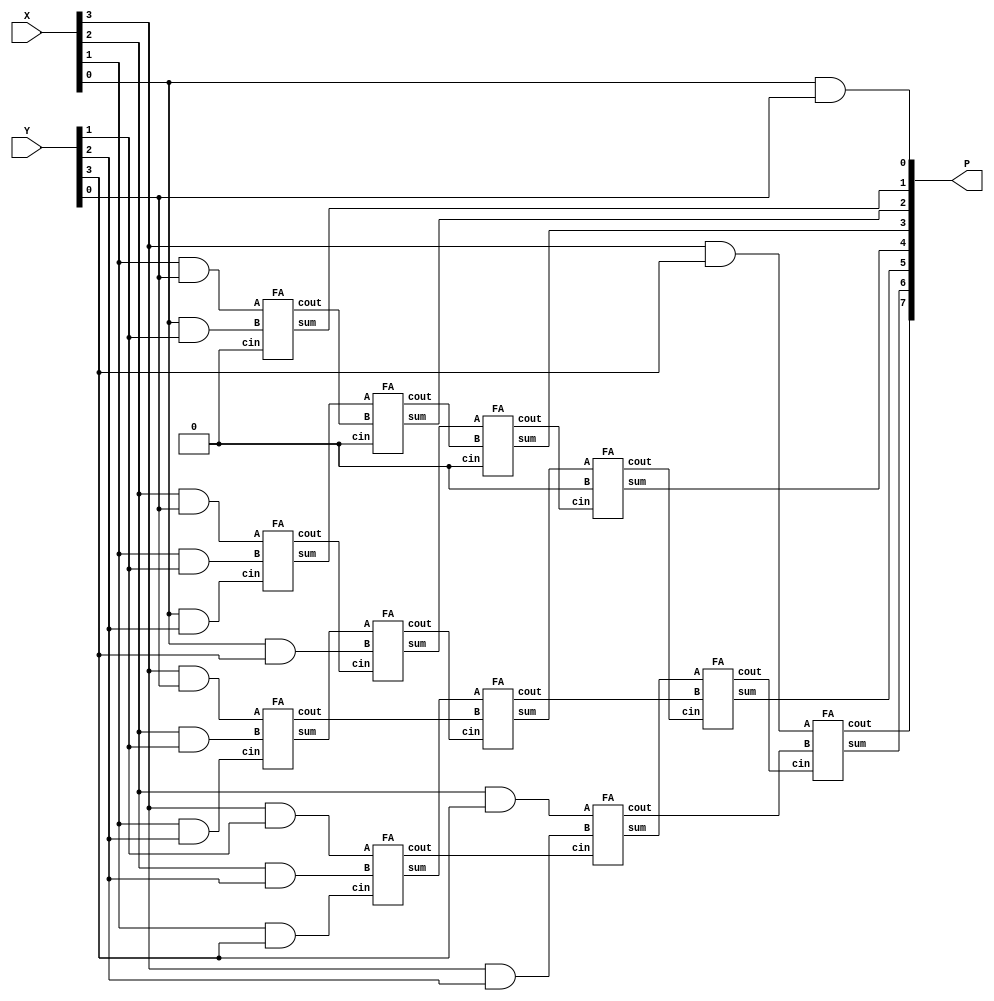
// multiplier 4x4 using full adders
// Josh Roney (jpr87)
module Mult_4x4(
	input [3:0] X,
	input [3:0] Y,
	output [7:0] P
);

	wire c1,c2,c3,c4,c5,c6,c7,c8,c9,c10,c11;
	wire d1,d2,d3,d4,d5,d6,d7;
	wire e1,e2,e3;
	wire f1,f2,f3,f4,f5,f6,f7;
	wire g1,g2,g3,g4;

	and(c1,X[3],Y[1]),
 	   (c2,X[2],Y[2]),
	   (c3,X[1],Y[3]),
	   (c4,X[3],Y[0]),
	   (c5,X[2],Y[1]),
	   (c6,X[1],Y[2]),
	   (c7,X[2],Y[0]),
	   (c8,X[1],Y[1]),
	   (c9,X[0],Y[2]),
	   (c10,X[1],Y[0]),
	   (c11,X[0],Y[1]),
	   (P[0],X[0],Y[0]);

	FA fa1(c1,c2,c3,d2,d1);
	FA fa2(c4,c5,c6,d4,d3);
	FA fa3(c7,c8,c9,d6,d5);
	FA fa4(c10,c11,1'b0,P[1],d7);

	and(e1,X[2],Y[3]),
	   (e2,X[3],Y[2]),
	   (e3,X[0],Y[3]);

	FA fa5(e1,e2,d1,f2,f1);
	FA fa6(d2,d3,f5,f4,f3);
	FA fa7(d4,e3,d5,f6,f5);
	FA fa8(d6,d7,1'b0,P[2],f7);

	and(g1,X[3],Y[3]);

	FA fa9(g1,f1,g2,P[6],P[7]);
	FA fa10(f2,f3,g3,P[5],g2);
	FA fa11(f4,1'b0,g4,P[4],g3);
	FA fa12(f6,f7,1'b0,P[3],g4);

endmodule

//test bench module
module Test_4x4; 
	reg [3:0] A,B;
	wire [7:0] P;
	
	initial
	begin
	$monitor("A = %b \t B = %b \t Product = %b",A,B,P);
	A = 4'b0010;	B = 4'b0100;

	#20
	A = 4'b1111;	B = 4'b0011;
	end

	Mult_4x4 M1(A, B, P);
endmodule

//full adder module
module FA(A, B, cin, sum, cout);
	input A,B,cin;
	output sum,cout;
	
	assign sum = A^B^cin;
	assign cout = (A&B)|(A&cin)|(B&cin);
endmodule